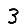
Digit: 3